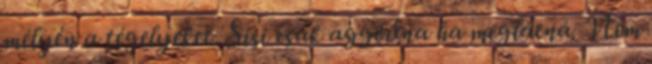
mélyén a tégelyeket. Sisi csak aggódna ha meglátná. Nem